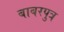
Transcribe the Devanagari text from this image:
बाबरपुत्र